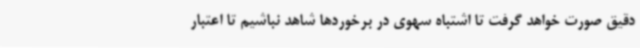
دقیق صورت خواهد گرفت تا اشتباه سهوی در برخوردها شاهد نباشیم تا اعتبار